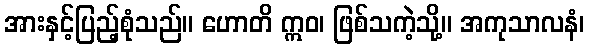
အားနှင့်ပြည့်စုံသည်။ ဟောတိ ဣဝ၊ ဖြစ်သကဲ့သို့။ အကုသာလနံ၊